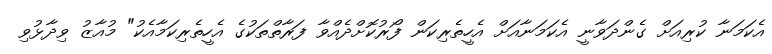
އެކަމަނާ ކުރިއަށް ގެންދަވާނީ އެކަމަނާއަށް އެހީތެރިކަން ފޯރުކޮށްދެއްވާ ފަރާތްތަކުގެ އެހީތެރިކަމާއެކު" މުއާޒު ވިދާޅުވި